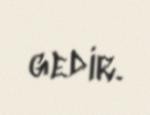
gedir.